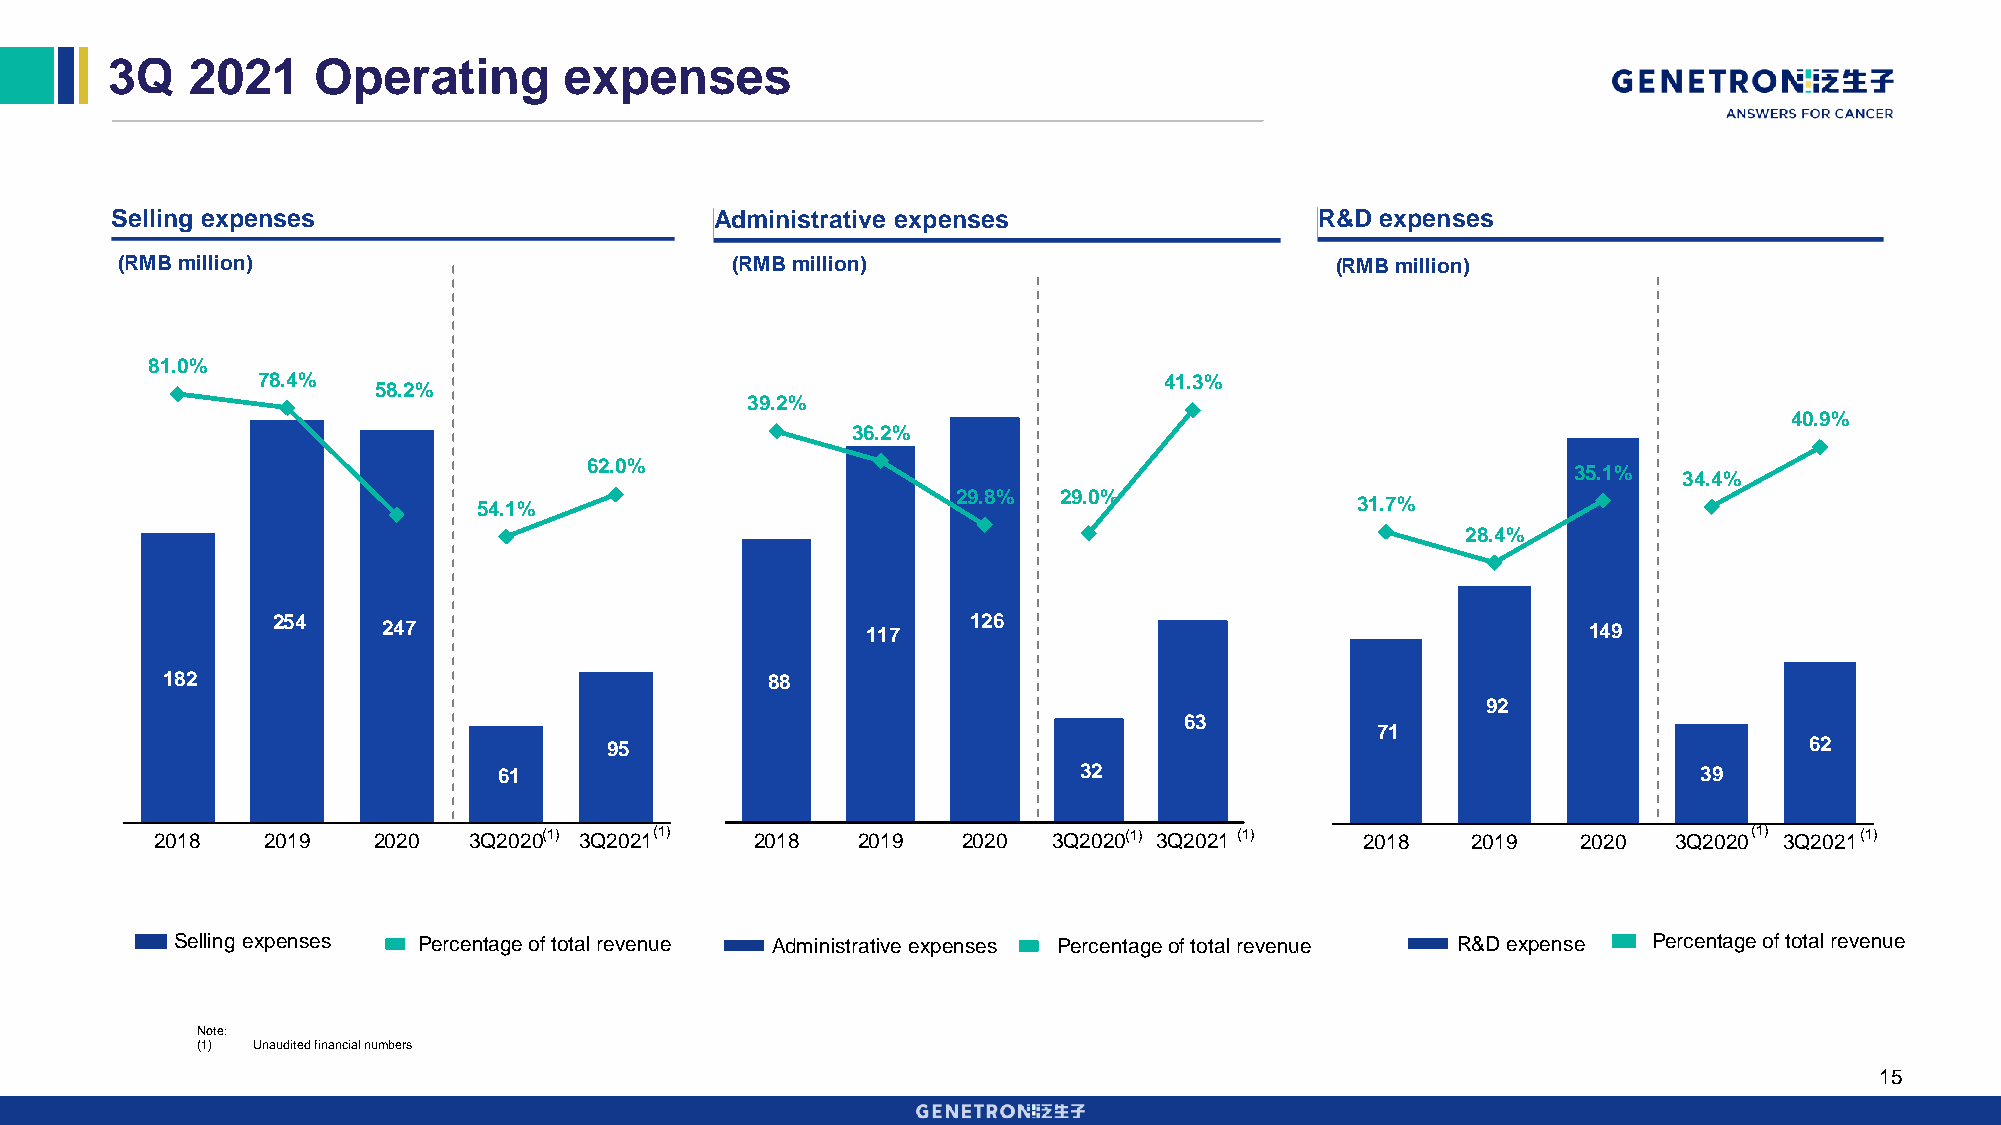
3Q   2021     Operating       expenses
 Selling expenses                        Administrative expenses                 R&D expenses
 (RMB million)                           (RMB million)                           (RMB million)
 81.0%
 78.4%                                                       41.3%
 58.2%
 39.2%
 40.9%
 36.2%
 62.0%                                                            35.1%  34.4%
 29.8%  29.0%
 54.1%                                                     31.7%
 28.4%
 254    247                             117    126                                      149
 182                                     88
 92
 63
 71
 95                                                                              62
 61                                    32                                        39
 2018   2019    2020  3Q2020(1) 3Q2021(1) 2018  2019   2020  3Q2020(1) 3Q2021 (1) 2018  2019    2020  3Q2020(1) 3Q2021(1)
 Selling expenses Percentage of total revenue Administrative expenses Percentage of total revenue R&D expense Percentage of total revenue
 Note:
 (1) Unaudited financial numbers
 15